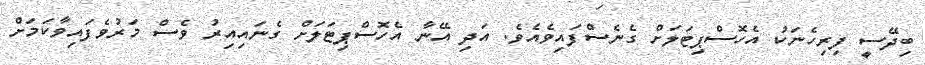
ބިދޭސީ ފިރިހެނަކު އެހޮސްޕިޓަލަށް ގެނެސްފައިވެއެވެ. އަދި އޭނާ އެހޮސްޕިޓަލަށް ގެނައިއިރު ވެސް މަރުވެފައިވާކަމަށް